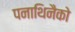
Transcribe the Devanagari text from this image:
पनाथिनैको